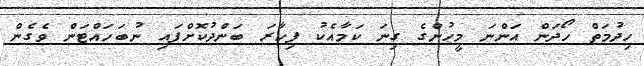
ހިދުމަތް ހޯދަން އަންނަ މީހުންގެ ގިނަ ކަމާއެކު ފިހާރަ ބަންދުކޮށްފައި ނުބަހައްޓަން ވެގެން